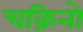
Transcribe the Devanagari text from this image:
चक्रिनो